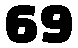
69